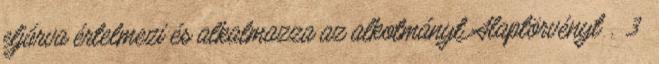
eljárva értelmezi és alkalmazza az alkotmányt Alaptörvényt . 3